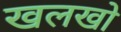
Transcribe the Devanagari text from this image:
खलखो